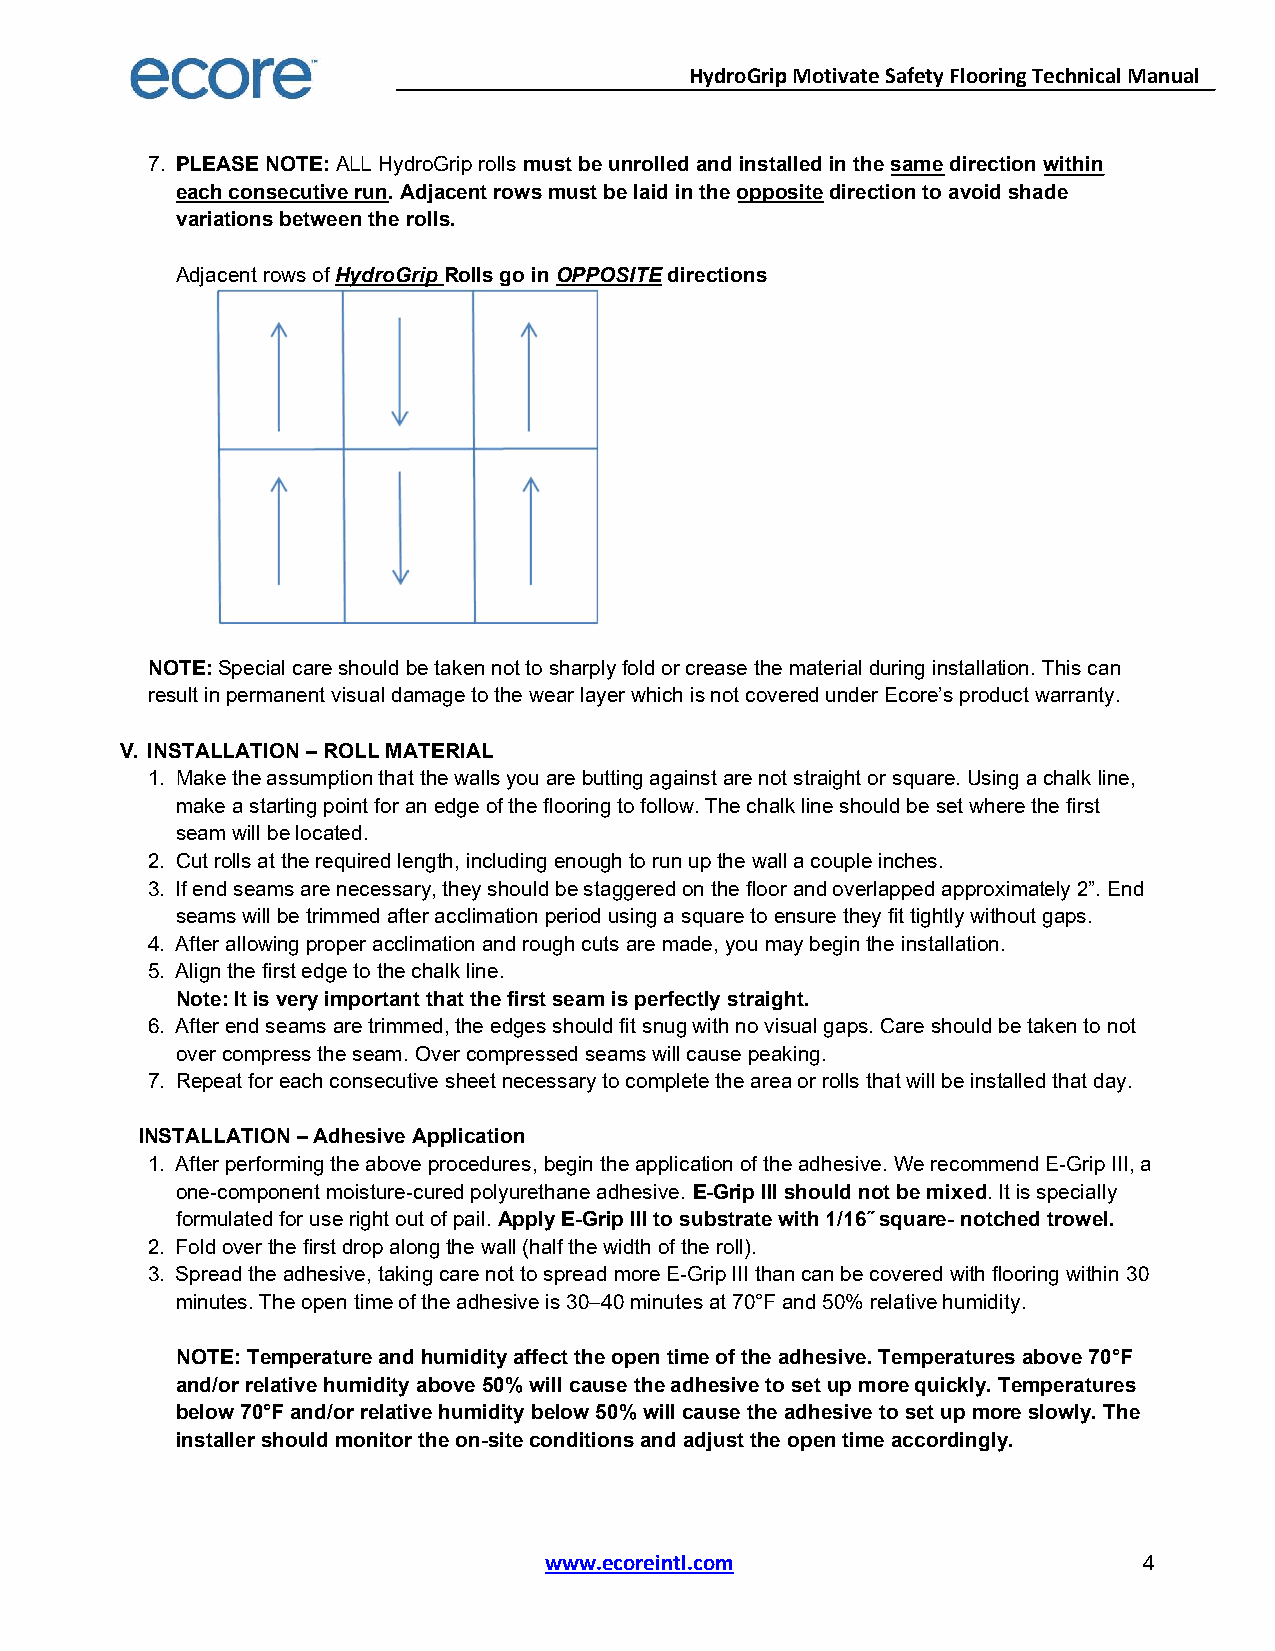
HydroGrip Motivate Safety Flooring Technical Manual
 7. PLEASE NOTE: ALL HydroGrip rolls must be unrolled and installed in the same direction within
 each consecutive run. Adjacent rows must be laid in the opposite direction to avoid shade
 variations between the rolls.
 Adjacent rows of HydroGrip Rolls go in OPPOSITE directions
 NOTE: Special care should be taken not to sharply fold or crease the material during installation. This can
 result in permanent visual damage to the wear layer which is not covered under Ecore’s product warranty.
 V. INSTALLATION – ROLL MATERIAL
 1. Make the assumption that the walls you are butting against are not straight or square. Using a chalk line,
 make a starting point for an edge of the flooring to follow. The chalk line should be set where the first
 seam will be located.
 2. Cut rolls at the required length, including enough to run up the wall a couple inches.
 3. If end seams are necessary, they should be staggered on the floor and overlapped approximately 2”. End
 seams will be trimmed after acclimation period using a square to ensure they fit tightly without gaps.
 4. After allowing proper acclimation and rough cuts are made, you may begin the installation.
 5. Align the first edge to the chalk line.
 Note: It is very important that the first seam is perfectly straight.
 6. After end seams are trimmed, the edges should fit snug with no visual gaps. Care should be taken to not
 over compress the seam. Over compressed seams will cause peaking.
 7. Repeat for each consecutive sheet necessary to complete the area or rolls that will be installed that day.
 INSTALLATION – Adhesive Application
 1. After performing the above procedures, begin the application of the adhesive. We recommend E-Grip III, a
 one-component moisture-cured polyurethane adhesive. E-Grip III should not be mixed. It is specially
 formulated for use right out of pail. Apply E-Grip III to substrate with 1/16˝ square- notched trowel.
 2. Fold over the first drop along the wall (half the width of the roll).
 3. Spread the adhesive, taking care not to spread more E-Grip III than can be covered with flooring within 30
 minutes. The open time of the adhesive is 30–40 minutes at 70°F and 50% relative humidity.
 NOTE: Temperature and humidity affect the open time of the adhesive. Temperatures above 70°F
 and/or relative humidity above 50% will cause the adhesive to set up more quickly. Temperatures
 below 70°F and/or relative humidity below 50% will cause the adhesive to set up more slowly. The
 installer should monitor the on-site conditions and adjust the open time accordingly.
 www.ecoreintl.com                       4